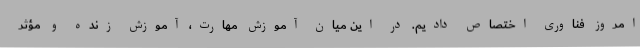
امروز فناوری اختصاص دادیم. در این میان آموزش مهارت، آموزش زنده و مؤثر